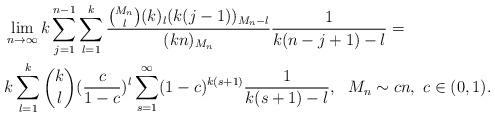
LaTeX: \begin{align*}\begin{aligned}&\lim_{n\to\infty}k\sum_{j=1}^{n-1}\sum_{l=1}^k \frac{\binom{M_n}l(k)_l(k(j-1))_{M_n-l}}{(kn)_{M_n}}\frac 1{k(n-j+1)-l}=\\&k\sum_{l=1}^k\binom kl(\frac c{1-c})^l\sum_{s=1}^\infty(1-c)^{k(s+1)}\frac 1{k(s+1)-l},\ \ M_n\sim cn, \ c\in(0,1).\end{aligned}\end{align*}